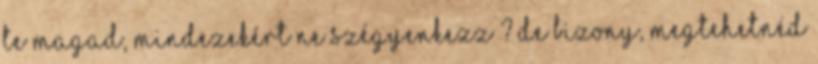
Te magad, mindezekért ne szégyenkezz ? de bizony, megtehetnéd